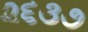
૨૬૩૭